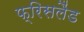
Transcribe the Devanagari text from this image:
फ्रिसलैंड